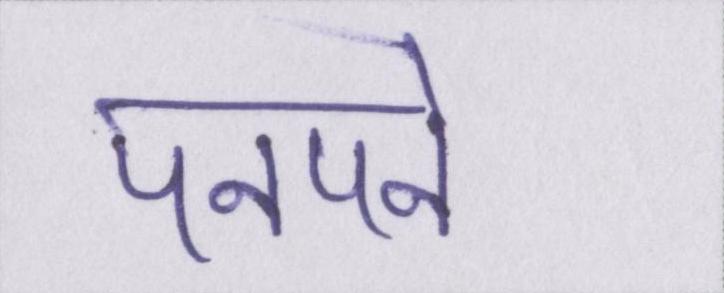
पनपने